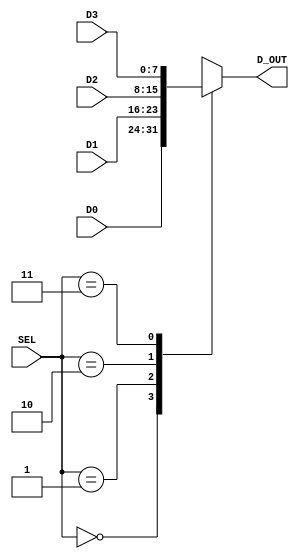
module mux_4t1_nb(SEL, D0, D1, D2, D3, D_OUT); 
       input  [1:0] SEL; 
       input  [n-1:0] D0, D1, D2, D3; 
       output reg [n-1:0] D_OUT;  
       
       parameter n = 8; 
        
       always @(*)
       begin 
          case (SEL) 
          0:      D_OUT = D0;
          1:      D_OUT = D1;
          2:      D_OUT = D2;
          3:      D_OUT = D3;
          default D_OUT = 0;
       endcase 
		  end
                
endmodule